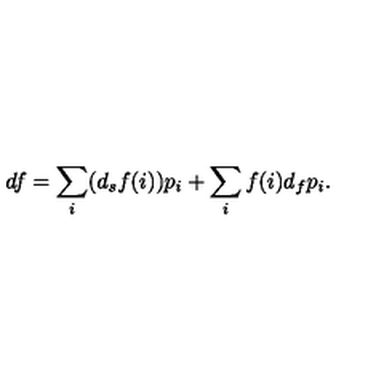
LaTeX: d f = \sum _ { i } ( d _ { s } f ( i ) ) p _ { i } + \sum _ { i } f ( i ) d _ { f } p _ { i } .